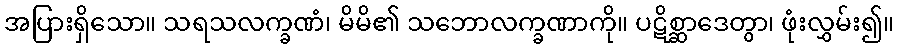
အပြားရှိသော။ သရသလက္ခဏံ၊ မိမိ၏ သဘောလက္ခဏာကို။ ပဋိစ္ဆာဒေတွာ၊ ဖုံးလွှမ်း၍။